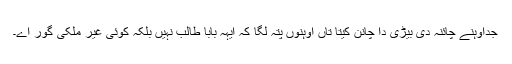
جداوہنے چائنہ دی بیڑی دا چانن کیتا تاں اوہنوں پتہ لگا کہ ایہہ بابا طالب نہیں بلکہ کوئی غیر ملکی گور اے۔